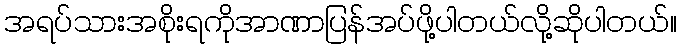
အရပ်သားအစိုးရကိုအာဏာပြန်အပ်ဖို့ပါတယ်လို့ဆိုပါတယ်။